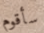
سأقوم